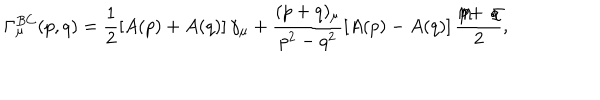
\Gamma _ { \mu } ^ { B C } ( p , q ) = \frac { 1 } { 2 } \left[ A ( p ) + A ( q ) \right] \gamma _ { \mu } + \frac { ( p + q ) _ { \mu } } { p ^ { 2 } - q ^ { 2 } } \left[ A ( p ) - A ( q ) \right] \frac { \not \! p + \not \! q } { 2 } ,